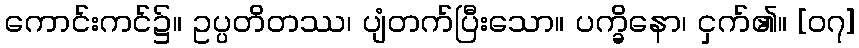
ကောင်းကင်၌။ ဥပ္ပတိတဿ၊ ပျံတက်ပြီးသော။ ပက္ခိနော၊ ငှက်၏။ [၀၇]